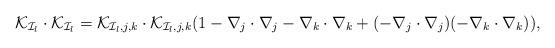
LaTeX: \begin{align*}\mathcal{K}_{\mathcal{I}_l}\cdot\mathcal{K}_{\mathcal{I}_l}=\mathcal{K}_{\mathcal{I}_l,j,k}\cdot\mathcal{K}_{\mathcal{I}_l,j,k}(1-\nabla_j\cdot\nabla_j-\nabla_k\cdot\nabla_k+(-\nabla_j\cdot\nabla_j)(-\nabla_k\cdot\nabla_k)),\end{align*}